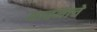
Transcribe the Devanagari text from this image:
भावनाचे